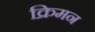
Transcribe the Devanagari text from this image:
क्रिमन